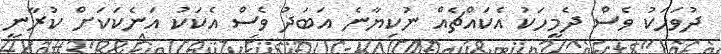
ދުވަހަކު ވެސް ދެމީހަކު އެކައްޗެެއް ނުކިޔާނެ އަބަދު ވެސް އެކަކު އަނެކަކަށް ކުރާނީ